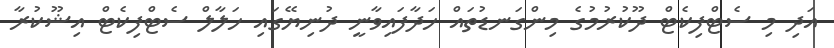
އަދި މި ސެޓްފިކެޓް ދޫކުރުމުގެ މިންގަނޑުތައް ހަދާފައިވާނީ ދުނިޔޭގައި ހަލާލް ސެޓްފިކެޓް އިޝޫކުރާ